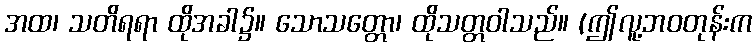
အထ၊ သတိရရာ ထိုအခါ၌။ သောသတ္တော၊ ထိုသတ္တဝါသည်။ (ဤလူ့ဘဝတုန်းက